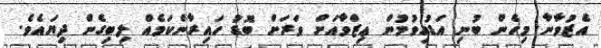
އެޒުވާނާ މިހެން ބުނި އަޑުއިވުމުން ޢިޒްވާއަށް ވަރަށް ބޮޑު ހައިރާންކަމެއް ލިބިގެން ދިޔައެވެ.